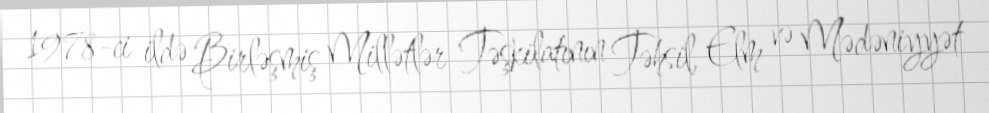
1978-ci ildə Birləşmiş Millətlər Təşkilatının Təhsil, Elm və Mədəniyyət